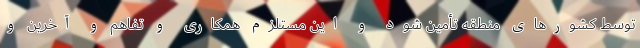
توسط کشورهای منطقه تأمین شود و این مستلزم همکاری و تفاهم و آخرین و